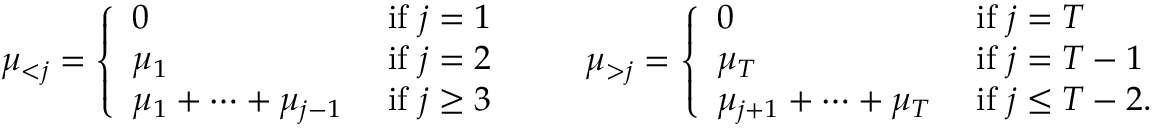
\begin{array} { r } { \mu _ { < j } = \left\{ \begin{array} { l l } { 0 } & { \mathrm { ~ i f ~ } j = 1 } \\ { \mu _ { 1 } } & { \mathrm { ~ i f ~ } j = 2 } \\ { \mu _ { 1 } + \dots + \mu _ { j - 1 } } & { \mathrm { ~ i f ~ } j \ge 3 } \end{array} \right. \qquad \mu _ { > j } = \left\{ \begin{array} { l l } { 0 } & { \mathrm { ~ i f ~ } j = T } \\ { \mu _ { T } } & { \mathrm { ~ i f ~ } j = T - 1 } \\ { \mu _ { j + 1 } + \dots + \mu _ { T } } & { \mathrm { ~ i f ~ } j \le T - 2 . } \end{array} \right. } \end{array}